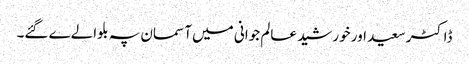
ڈاکٹر سعید اور خورشید عالم جوانی میں آسمان پہ بلوالےے گئے۔